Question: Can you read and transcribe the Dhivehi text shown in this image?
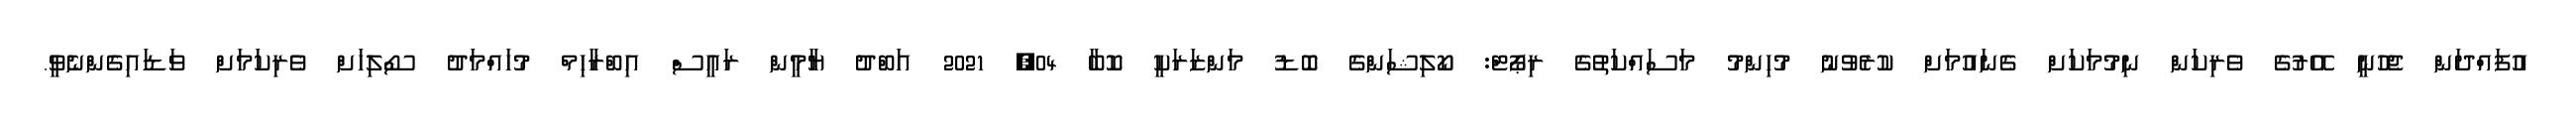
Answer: އުފައްދަން ޖެހުނީ އޭރުގެ ވެރިކަން ނިމުމަކަށް ގެނައުމަށް ކުރެވުނު މުހިންމު މަސައްކަތުގެ ރިޕޯޓް: ކޯލިޝަންގެ ބޮޑު މަންޒަރަކީ ކޮބާ 04, 2021 އަބްދު ޔާމީން ރައީސް އިބްރާހިމް މުހައްމަދު ސޯލިހަށް ވެރިކަމަށް ވަޑައިގެންނެވީ.